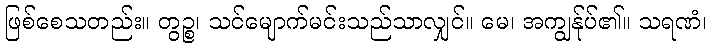
ဖြစ်စေသတည်း။ တွဉ္စ၊ သင်မျောက်မင်းသည်သာလျှင်။ မေ၊ အကျွန်ုပ်၏။ သရဏံ၊